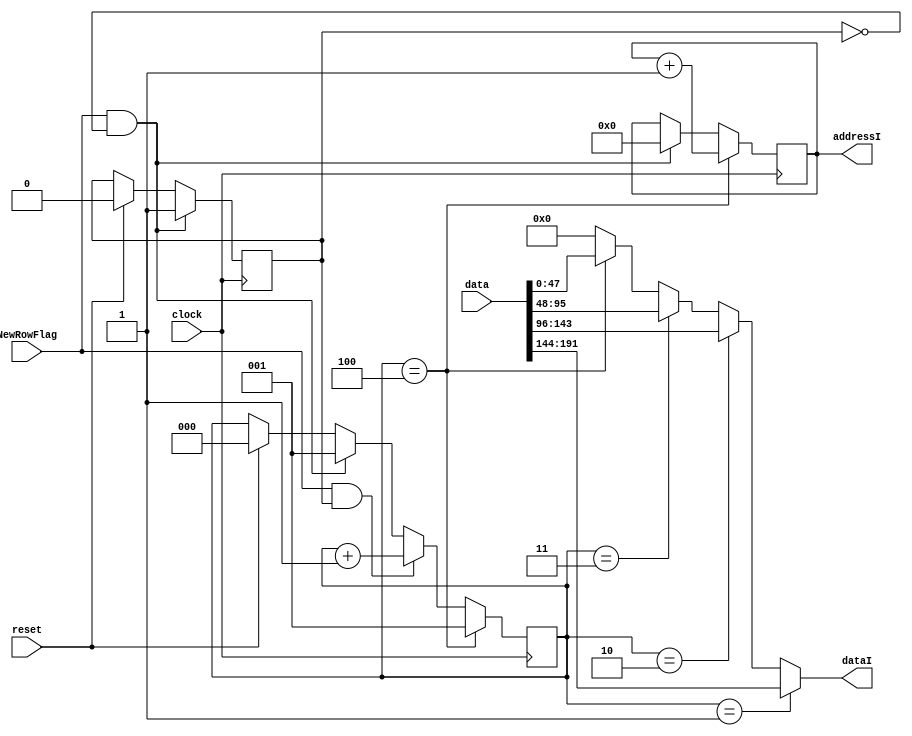
module isched(clock,reset,addressI,data,dataI,NewRowFlag);

input clock;
input reset;
input  NewRowFlag;
input [191:0] data;

output [7:0] addressI;
output [47:0] dataI;

reg [2:0]  count;
reg [7:0]  addressI;
reg [47:0] dataI;
reg        FirstFlag;

wire select;




always@(posedge clock)
begin
	if (reset)
	begin
		count <= 3'd0;
		FirstFlag <= 1'b0;
	end
	if (NewRowFlag == 1'b1 && FirstFlag == 1'b0)
	begin
		addressI <= 8'd0;
		FirstFlag <= 1'b1;
		count <= 3'd1;
	end

	if (NewRowFlag == 1'b1 && FirstFlag == 1'b1)
	begin
		count <= count + 1'b1;
	end

	if (count == 3'b100)
	begin
		count <= 3'd1;
		addressI <= addressI + 1'b1;
	end

end

always@(*)
begin
	dataI = 48'b0;
	if(count == 3'd1)
		dataI = data[191:144];
	else if(count == 3'd2)
		dataI = data[143:96];
	else if(count == 3'd3)
		dataI = data[95:48];
	else if(count == 3'd4)
		dataI = data[47:0];
end

endmodule